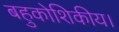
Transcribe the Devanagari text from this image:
बहुकोशिकीय।